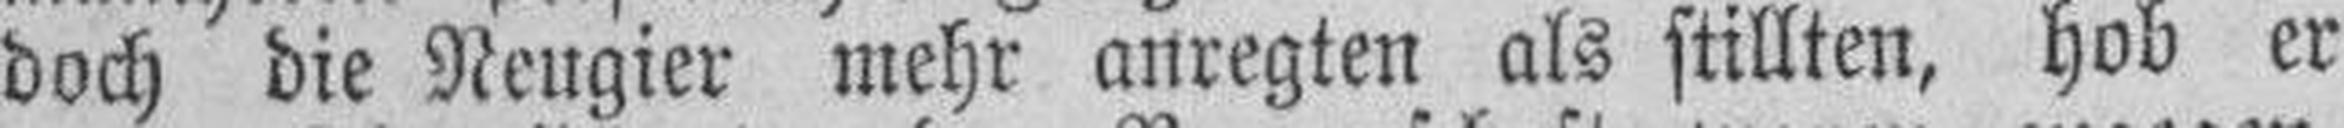
doch die Neugier mehr anregten als stillten, hob er